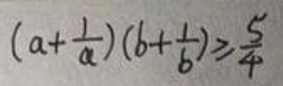
\[
\left(a + \frac{1}{a}\right)\left(b + \frac{1}{b}\right) \geq \frac{5}{4}
\]